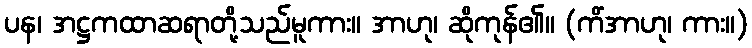
ပန၊ အဋ္ဌကထာဆရာတို့သည်မူကား။ အာဟု၊ ဆိုကုန်၏။ (ကိံအာဟု၊ ကား။)